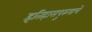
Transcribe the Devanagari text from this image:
इतिहासपुरुषाचे